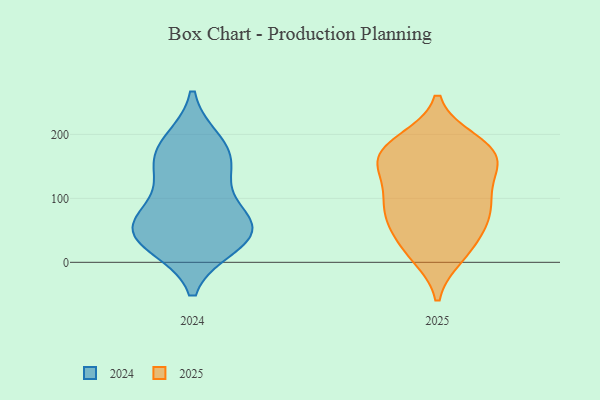
{"axis": {"x": "Customer Acquisition Cost (USD)", "y": "Value"}, "legend": ["2024", "2025"], "data": [{"x": "", "y": 155, "type": "2024"}, {"x": "", "y": 29, "type": "2024"}, {"x": "", "y": 49, "type": "2024"}, {"x": "", "y": 133, "type": "2024"}, {"x": "", "y": 67, "type": "2024"}, {"x": "", "y": 39, "type": "2024"}, {"x": "", "y": 174, "type": "2024"}, {"x": "", "y": 186, "type": "2024"}, {"x": "", "y": 47, "type": "2024"}, {"x": "", "y": 68, "type": "2024"}, {"x": "", "y": 33, "type": "2025"}, {"x": "", "y": 67, "type": "2025"}, {"x": "", "y": 81, "type": "2025"}, {"x": "", "y": 161, "type": "2025"}, {"x": "", "y": 99, "type": "2025"}, {"x": "", "y": 190, "type": "2025"}, {"x": "", "y": 12, "type": "2025"}, {"x": "", "y": 84, "type": "2025"}, {"x": "", "y": 154, "type": "2025"}, {"x": "", "y": 76, "type": "2025"}, {"x": "", "y": 176, "type": "2025"}, {"x": "", "y": 41, "type": "2025"}, {"x": "", "y": 135, "type": "2025"}, {"x": "", "y": 187, "type": "2025"}, {"x": "", "y": 161, "type": "2025"}, {"x": "", "y": 11, "type": "2025"}, {"x": "", "y": 177, "type": "2025"}, {"x": "", "y": 143, "type": "2025"}, {"x": "", "y": 103, "type": "2025"}]}